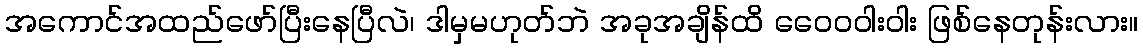
အကောင်အထည်ဖော်ပြီးနေပြီလဲ၊ ဒါမှမဟုတ်ဘဲ အခုအချိန်ထိ ဝေေ၀ဝါးဝါး ဖြစ်နေတုန်းလား။